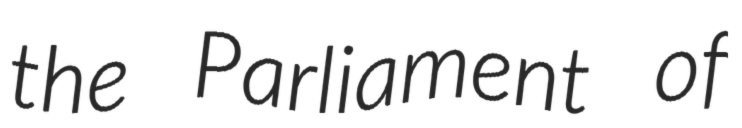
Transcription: the Parliament of